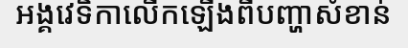
អង្គវេទិកាលើកឡើងពីបញ្ហាសំខាន់